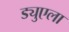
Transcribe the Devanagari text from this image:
ड्युएला